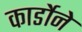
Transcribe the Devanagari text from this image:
कार्डोने